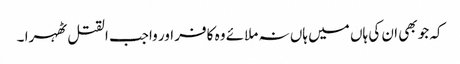
کہ جو بھی ان کی ہاں میں ہاں نہ ملائے وہ کافر اور واجب القتل ٹھہرا ۔